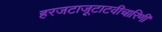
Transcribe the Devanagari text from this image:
हरजटाजूटाटवीचारिणी